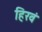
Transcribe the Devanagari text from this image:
हिरवं